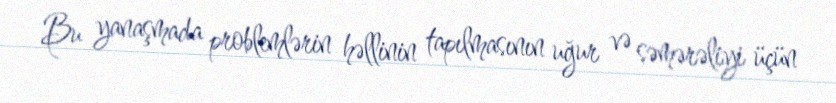
Bu yanaşmada problemlərin həllinin tapılmasının uğur və səmərəliyi üçün